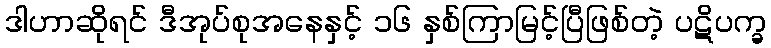
ဒါဟာဆိုရင် ဒီအုပ်စုအနေနှင့် ၁၆ နှစ်ကြာမြင့်ပြီဖြစ်တဲ့ ပဋိပက္ခ